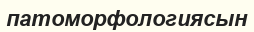
патоморфологиясын